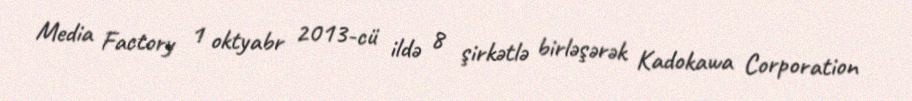
Media Factory 1 oktyabr 2013-cü ildə 8 şirkətlə birləşərək Kadokawa Corporation